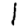
Digit: 1